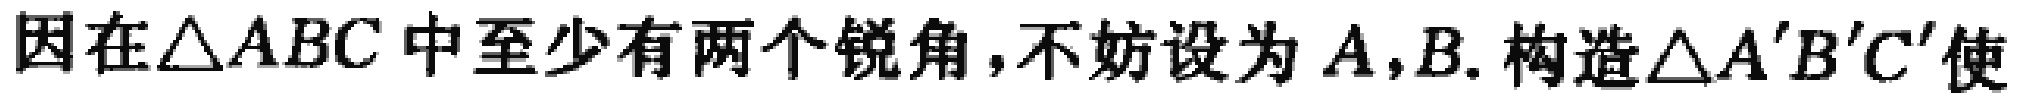
因在\(\triangle ABC\)中至少有两个锐角，不妨设为\(A,B\). 构造\(\triangle A'B'C'\)使